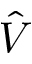
\hat { V }